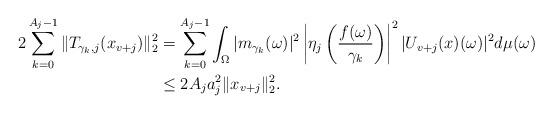
LaTeX: \begin{align*}2\sum_{k=0}^{A_j-1}\|T_{{\gamma_k},j}(x_{v+j})\|_2^2&=\sum_{k=0}^{A_j-1}\int_{ \Omega} |m_{{\gamma_k}}(\omega)|^2\left|\eta_j\left(\frac{f(\omega)}{{\gamma_k}}\right)\right|^2|U_{v+j}(x)(\omega)|^2d\mu(\omega)\\&\leq 2A_ja_j^2\|x_{v+j}\|_2^2.\end{align*}